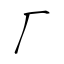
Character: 厂